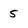
Character: 5